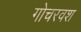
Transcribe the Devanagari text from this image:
गोचरवश